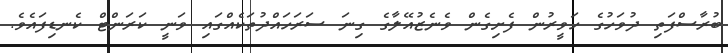
ބުރާސްފަތި ދުވަހުގެ ހަވީރުން ފެށިގެން ވެނެޒުއޭލާގެ ގިނަ ސަރަހައްދުތަކެއްގައި ވަނީ ކަރަންޓް ކެނޑިފައެވެ.